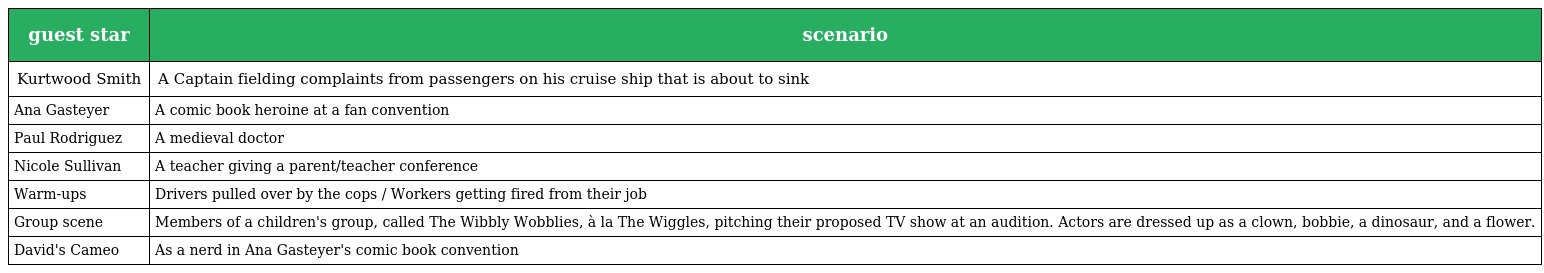
| guest star | scenario |
 | --- | --- |
 | Kurtwood Smith | A Captain fielding complaints from passengers on his cruise ship that is about to sink |
 | Ana Gasteyer | A comic book heroine at a fan convention |
 | Paul Rodriguez | A medieval doctor |
 | Nicole Sullivan | A teacher giving a parent/teacher conference |
 | Warm-ups | Drivers pulled over by the cops / Workers getting fired from their job |
 | Group scene | Members of a children's group, called The Wibbly Wobblies, à la The Wiggles, pitching their proposed TV show at an audition. Actors are dressed up as a clown, bobbie, a dinosaur, and a flower. |
 | David's Cameo | As a nerd in Ana Gasteyer's comic book convention |